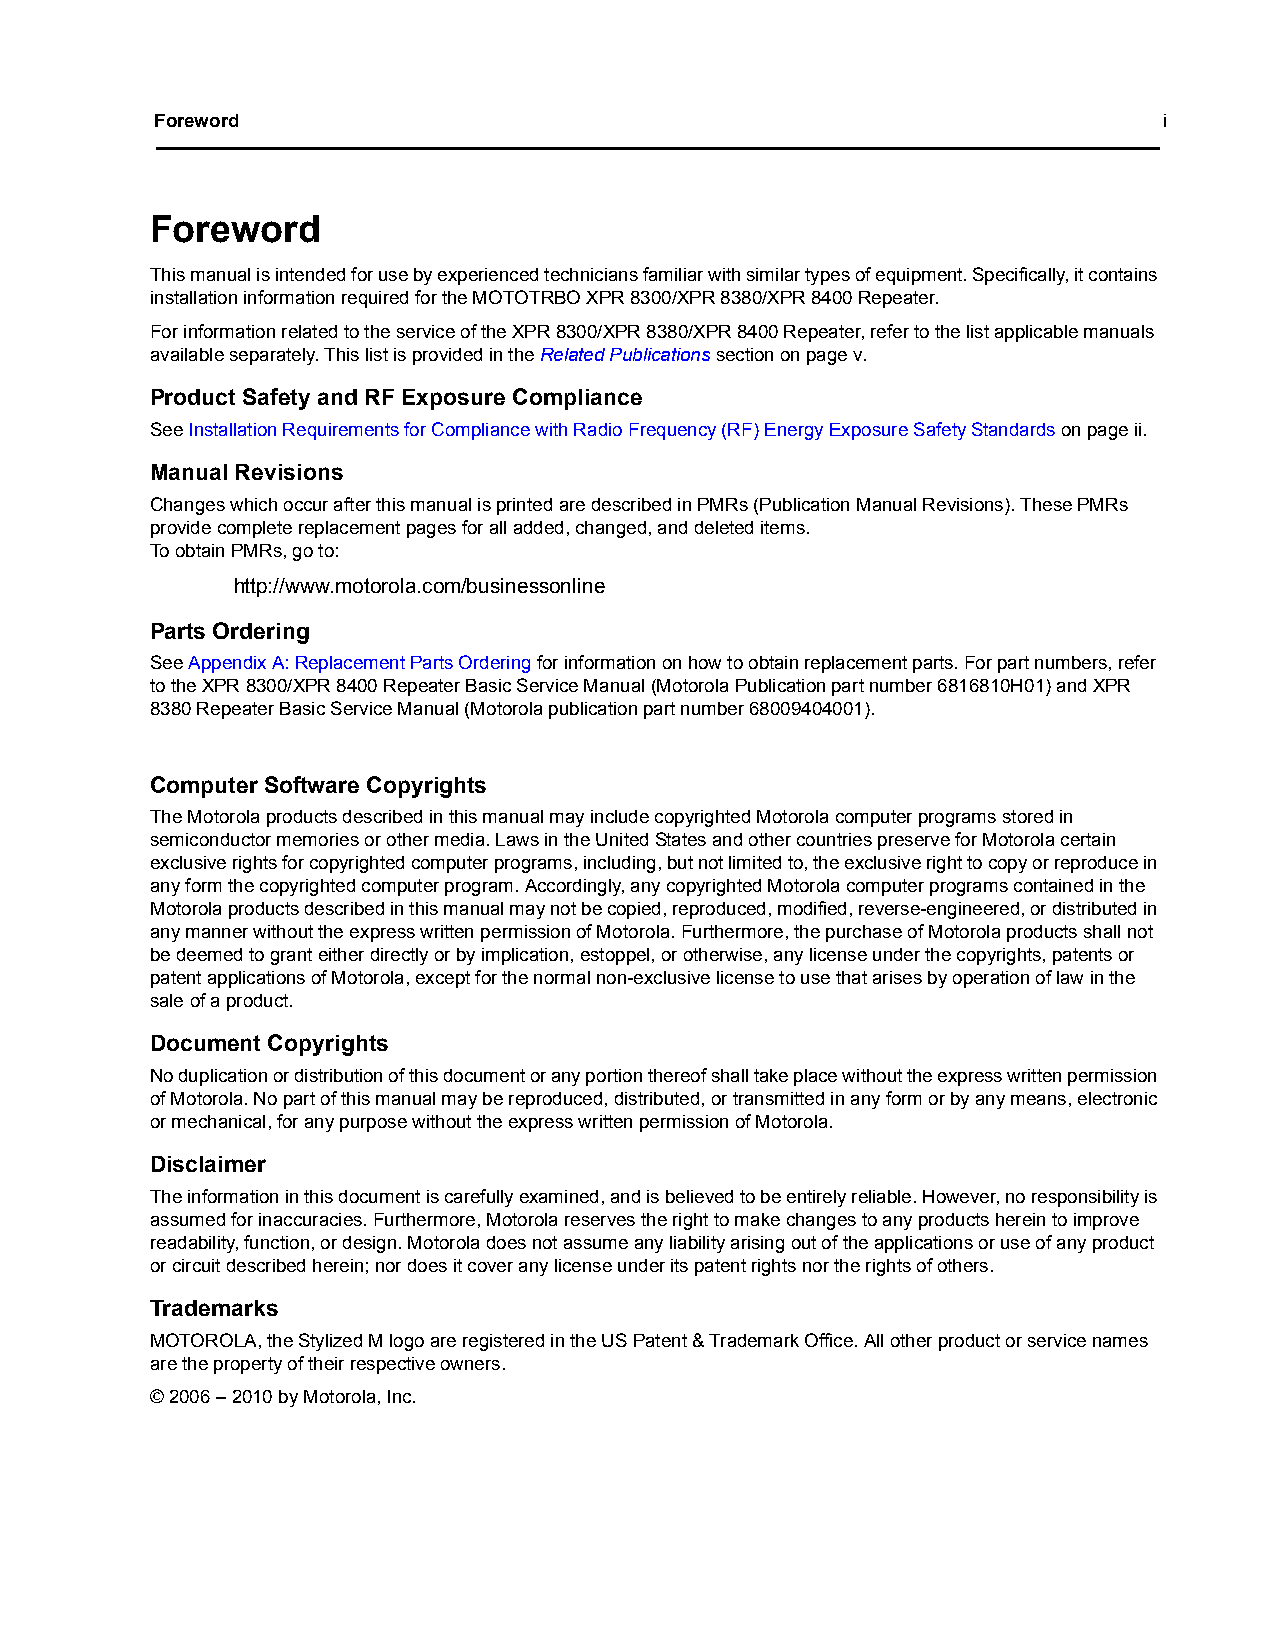
Foreword                                                           i
 Foreword
 This manual is intended for use by experienced technicians familiar with similar types of equipment. Specifically, it contains
 installation information required for the MOTOTRBO XPR 8300/XPR 8380/XPR 8400 Repeater.
 For information related to the service of the XPR 8300/XPR 8380/XPR 8400 Repeater, refer to the list applicable manuals
 available separately. This list is provided in the Related Publications section on pagev.
 Product Safety and RF Exposure Compliance
 See Installation Requirements for Compliance with Radio Frequency (RF) Energy Exposure Safety Standards on pageii.
 Manual Revisions
 Changes which occur after this manual is printed are described in PMRs (Publication Manual Revisions). These PMRs
 provide complete replacement pages for all added, changed, and deleted items.
 To obtain PMRs, go to:
 http://www.motorola.com/businessonline
 Parts Ordering
 See Appendix A: Replacement Parts Ordering for information on how to obtain replacement parts. For part numbers, refer
 to the XPR 8300/XPR 8400 Repeater Basic Service Manual (Motorola Publication part number 6816810H01) and XPR
 8380 Repeater Basic Service Manual (Motorola publication part number 68009404001).
 Computer Software Copyrights
 The Motorola products described in this manual may include copyrighted Motorola computer programs stored in
 semiconductor memories or other media. Laws in the United States and other countries preserve for Motorola certain
 exclusive rights for copyrighted computer programs, including, but not limited to, the exclusive right to copy or reproduce in
 any form the copyrighted computer program. Accordingly, any copyrighted Motorola computer programs contained in the
 Motorola products described in this manual may not be copied, reproduced, modified, reverse-engineered, or distributed in
 any manner without the express written permission of Motorola. Furthermore, the purchase of Motorola products shall not
 be deemed to grant either directly or by implication, estoppel, or otherwise, any license under the copyrights, patents or
 patent applications of Motorola, except for the normal non-exclusive license to use that arises by operation of law in the
 sale of a product.
 Document Copyrights
 No duplication or distribution of this document or any portion thereof shall take place without the express written permission
 of Motorola. No part of this manual may be reproduced, distributed, or transmitted in any form or by any means, electronic
 or mechanical, for any purpose without the express written permission of Motorola.
 Disclaimer
 The information in this document is carefully examined, and is believed to be entirely reliable. However, no responsibility is
 assumed for inaccuracies. Furthermore, Motorola reserves the right to make changes to any products herein to improve
 readability, function, or design. Motorola does not assume any liability arising out of the applications or use of any product
 or circuit described herein; nor does it cover any license under its patent rights nor the rights of others.
 Trademarks
 MOTOROLA, the Stylized M logo are registered in the US Patent & Trademark Office. All other product or service names
 are the property of their respective owners.
 © 2006 – 2010 by Motorola, Inc.